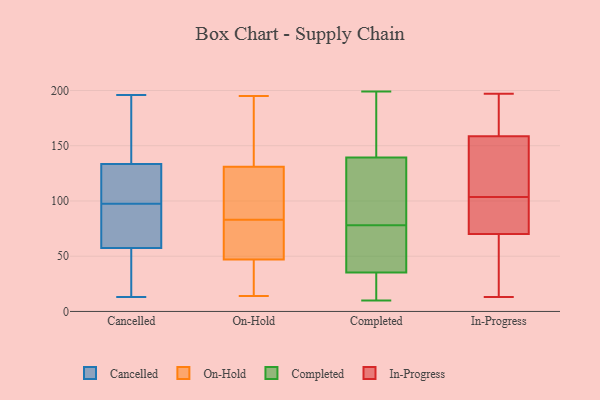
{"axis": {"x": "Satisfaction Score", "y": "Value"}, "legend": ["Cancelled", "Completed", "In-Progress", "On-Hold"], "data": [{"x": "", "y": 17, "type": "Cancelled"}, {"x": "", "y": 132, "type": "Cancelled"}, {"x": "", "y": 119, "type": "Cancelled"}, {"x": "", "y": 128, "type": "Cancelled"}, {"x": "", "y": 76, "type": "Cancelled"}, {"x": "", "y": 67, "type": "Cancelled"}, {"x": "", "y": 48, "type": "Cancelled"}, {"x": "", "y": 13, "type": "Cancelled"}, {"x": "", "y": 135, "type": "Cancelled"}, {"x": "", "y": 165, "type": "Cancelled"}, {"x": "", "y": 72, "type": "Cancelled"}, {"x": "", "y": 196, "type": "Cancelled"}, {"x": "", "y": 89, "type": "On-Hold"}, {"x": "", "y": 113, "type": "On-Hold"}, {"x": "", "y": 77, "type": "On-Hold"}, {"x": "", "y": 48, "type": "On-Hold"}, {"x": "", "y": 195, "type": "On-Hold"}, {"x": "", "y": 149, "type": "On-Hold"}, {"x": "", "y": 51, "type": "On-Hold"}, {"x": "", "y": 193, "type": "On-Hold"}, {"x": "", "y": 96, "type": "On-Hold"}, {"x": "", "y": 46, "type": "On-Hold"}, {"x": "", "y": 14, "type": "On-Hold"}, {"x": "", "y": 33, "type": "On-Hold"}, {"x": "", "y": 199, "type": "Completed"}, {"x": "", "y": 149, "type": "Completed"}, {"x": "", "y": 78, "type": "Completed"}, {"x": "", "y": 63, "type": "Completed"}, {"x": "", "y": 197, "type": "Completed"}, {"x": "", "y": 10, "type": "Completed"}, {"x": "", "y": 37, "type": "Completed"}, {"x": "", "y": 30, "type": "Completed"}, {"x": "", "y": 72, "type": "Completed"}, {"x": "", "y": 78, "type": "Completed"}, {"x": "", "y": 123, "type": "Completed"}, {"x": "", "y": 25, "type": "Completed"}, {"x": "", "y": 136, "type": "Completed"}, {"x": "", "y": 138, "type": "In-Progress"}, {"x": "", "y": 87, "type": "In-Progress"}, {"x": "", "y": 197, "type": "In-Progress"}, {"x": "", "y": 35, "type": "In-Progress"}, {"x": "", "y": 163, "type": "In-Progress"}, {"x": "", "y": 58, "type": "In-Progress"}, {"x": "", "y": 170, "type": "In-Progress"}, {"x": "", "y": 154, "type": "In-Progress"}, {"x": "", "y": 171, "type": "In-Progress"}, {"x": "", "y": 59, "type": "In-Progress"}, {"x": "", "y": 94, "type": "In-Progress"}, {"x": "", "y": 87, "type": "In-Progress"}, {"x": "", "y": 126, "type": "In-Progress"}, {"x": "", "y": 13, "type": "In-Progress"}, {"x": "", "y": 108, "type": "In-Progress"}, {"x": "", "y": 138, "type": "In-Progress"}, {"x": "", "y": 99, "type": "In-Progress"}, {"x": "", "y": 81, "type": "In-Progress"}, {"x": "", "y": 187, "type": "In-Progress"}, {"x": "", "y": 32, "type": "In-Progress"}]}